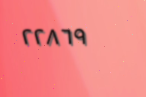
٢٢٨٦٩